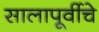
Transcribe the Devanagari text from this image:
सालापूर्वीचे